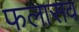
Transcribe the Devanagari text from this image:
फलासव